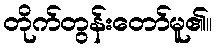
တိုက်တွန်းတော်မူ၏။